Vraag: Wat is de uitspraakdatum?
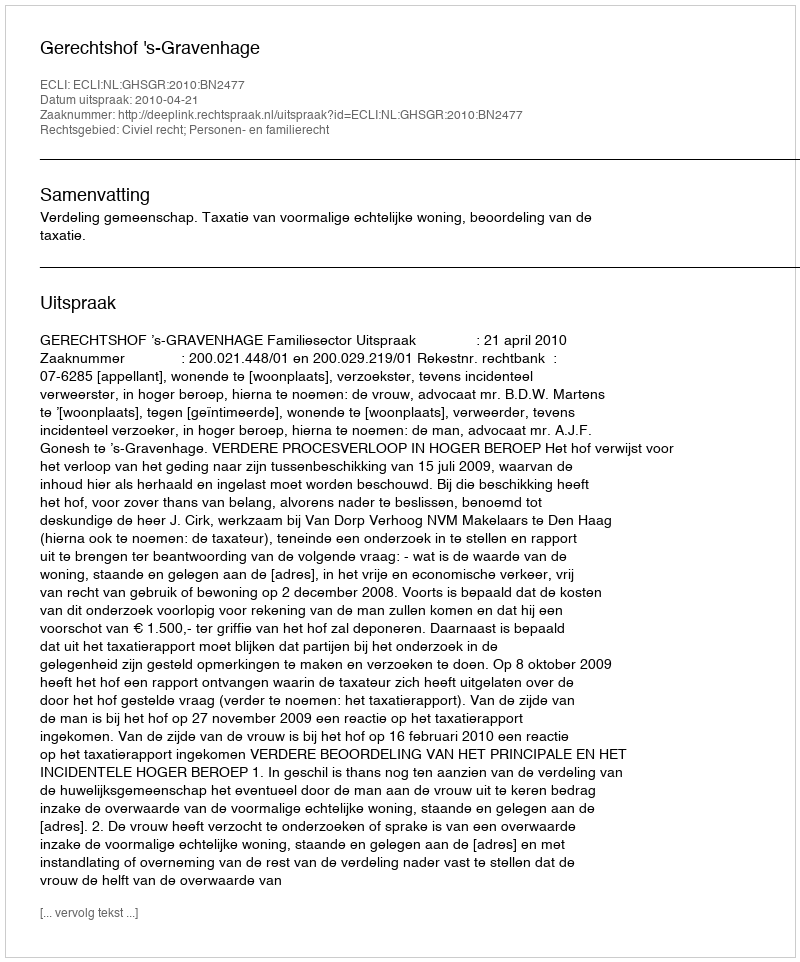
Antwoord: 2010-04-21